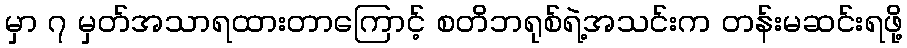
မှာ ၇ မှတ်အသာရထားတာကြောင့် စတိဘရုစ်ရဲ့အသင်းက တန်းမဆင်းရဖို့